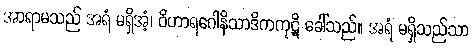
အာရာမသည် အရံ မရှိအံ့၊ ဝိဟာရဂေါနိသာဒိကကုဋိ ခေါ်သည်။ အရံ မရှိသည်သာ